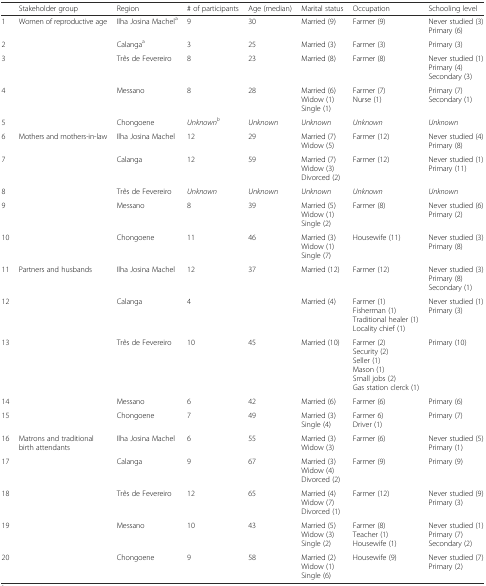
<table><thead><tr><td></td><td><b>Stakeholder group</b></td><td><b>Region</b></td><td><b># of participants</b></td><td><b>Age (median)</b></td><td><b>Marital status</b></td><td><b>Occupation</b></td><td><b>Schooling level</b></td></tr></thead><tbody><tr><td>1</td><td rowspan="5">Women of reproductive age</td><td>Ilha Josina Machel﻿<sup>a</sup></td><td>9</td><td>30</td><td>Married (9)</td><td>Farmer (9)</td><td>Never studied (3)Primary (6)</td></tr><tr><td>2</td><td>Calanga<sup>a</sup></td><td>3</td><td>25</td><td>Married (3)</td><td>Farmer (3)</td><td>Primary (3)</td></tr><tr><td>3</td><td>Três de Fevereiro</td><td>8</td><td>23</td><td>Married (8)</td><td>Farmer (8)</td><td>Never studied (1)Primary (4)Secondary (3)</td></tr><tr><td>4</td><td>Messano</td><td>8</td><td>28</td><td>Married (6)Widow (1)Single (1)</td><td>Farmer (7)Nurse (1)</td><td>Primary (7)Secondary (1)</td></tr><tr><td>5</td><td>Chongoene</td><td><i>Unknown</i><sup><i>b</i></sup></td><td><i>Unknown</i></td><td><i>Unknown</i></td><td><i>Unknown</i></td><td><i>Unknown</i></td></tr><tr><td>6</td><td rowspan="5">Mothers and mothers-in-law</td><td>Ilha Josina Machel﻿</td><td>12</td><td>29</td><td>Married (7)Widow (5)</td><td>Farmer (12)</td><td>Never studied (4)Primary (8)</td></tr><tr><td>7</td><td>Calanga</td><td>12</td><td>59</td><td>Married (7)Widow (3)Divorced (2)</td><td>Farmer (12)</td><td>Never studied (1)Primary (11)</td></tr><tr><td>8</td><td>Três de Fevereiro</td><td><i>Unknown</i></td><td><i>Unknown</i></td><td><i>Unknown</i></td><td><i>Unknown</i></td><td><i>Unknown</i></td></tr><tr><td>9</td><td>Messano</td><td>8</td><td>39</td><td>Married (5)Widow (1)Single (2)</td><td>Farmer (8)</td><td>Never studied (6)Primary (2)</td></tr><tr><td>10</td><td>Chongoene</td><td>11</td><td>46</td><td>Married (3)Widow (1)Single (7)</td><td>Housewife (11)</td><td>Never studied (3)Primary (8)</td></tr><tr><td>11</td><td rowspan="5">Partners and husbands</td><td>Ilha Josina Machel﻿</td><td>12</td><td>37</td><td>Married (12)</td><td>Farmer (12)</td><td>Never studied (3)Primary (8)Secondary (1)</td></tr><tr><td>12</td><td>Calanga</td><td>4</td><td></td><td>Married (4)</td><td>Farmer (1)Fisherman (1)Traditional healer (1)Locality chief (1)</td><td>Never studied (1)Primary (3)</td></tr><tr><td>13</td><td>Três de Fevereiro</td><td>10</td><td>45</td><td>Married (10)</td><td>Farmer (2)Security (2)Seller (1)Mason (1)Small jobs (2)Gas station clerck (1)</td><td>Primary (10)</td></tr><tr><td>14</td><td>Messano</td><td>6</td><td>42</td><td>Married (6)</td><td>Farmer (6)</td><td>Primary (6)</td></tr><tr><td>15</td><td>Chongoene</td><td>7</td><td>49</td><td>Married (3)Single (4)</td><td>Farmer 6)Driver (1)</td><td>Primary (7)</td></tr><tr><td>16</td><td rowspan="5">Matrons and traditional birth attendants</td><td>Ilha Josina Machel﻿</td><td>6</td><td>55</td><td>Married (3)Widow (3)</td><td>Farmer (6)</td><td>Never studied (5)Primary (1)</td></tr><tr><td>17</td><td>Calanga</td><td>9</td><td>67</td><td>Married (3)Widow (4)Divorced (2)</td><td>Farmer (9)</td><td>Primary (9)</td></tr><tr><td>18</td><td>Três de Fevereiro</td><td>12</td><td>65</td><td>Married (4)Widow (7)Divorced (1)</td><td>Farmer (12)</td><td>Never studied (9)Primary (3)</td></tr><tr><td>19</td><td>Messano</td><td>10</td><td>43</td><td>Married (5)Widow (3)Single (2)</td><td>Farmer (8)Teacher (1)Housewife (1)</td><td>Never studied (1)Primary (7)Secondary (2)</td></tr><tr><td>20</td><td>Chongoene</td><td>9</td><td>58</td><td>Married (2)Widow (1)Single (6)</td><td>Housewife (9)</td><td>Never studied (7)Primary (2)</td></tr></tbody></table>